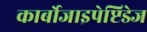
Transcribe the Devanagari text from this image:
कार्बोजाइपेप्टिडेज